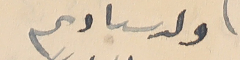
ولد سيادىم